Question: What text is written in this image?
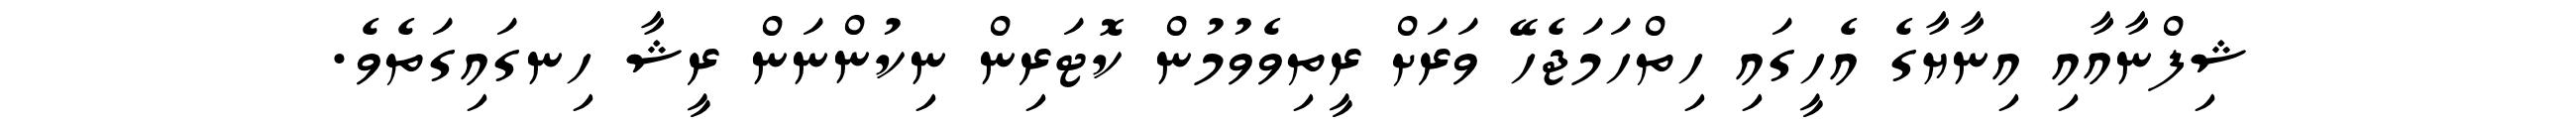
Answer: ޝިފްނާއާއި އިނާޔާގެ އެހީގައި ހިތްހަމަޖެހޭ ވަރަށް ރީތިވެވުމުން ކޮޓަރިން ނިކުންނަން ރީޝާ ހިނގައިގަތެވެ.